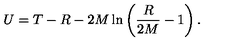
U = T - R - 2 M \ln \left( \frac { R } { 2 M } - 1 \right) .